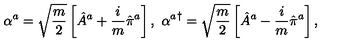
\alpha ^ { a } = \sqrt { \frac { m } { 2 } } \left[ \hat { A } ^ { a } + \frac { i } { m } \hat { \pi } ^ { a } \right] , \ { \alpha ^ { a } } ^ { \dagger } = \sqrt { \frac { m } { 2 } } \left[ \hat { A } ^ { a } - \frac { i } { m } \hat { \pi } ^ { a } \right] ,